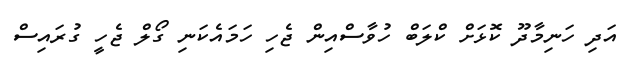
އަދި ހަނިމާދޫ ކޮޅަށް ކްލަބް ހުވާސްއިން ޖެހި ހަމައެކަނި ގޯލް ޖެހީ ގުރައިސް